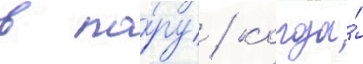
в по́ру / когда́